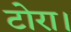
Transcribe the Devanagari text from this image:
टोरा।